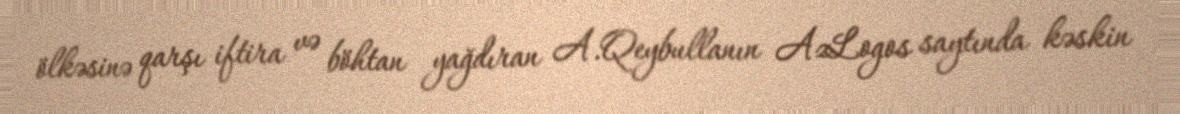
ölkəsinə qarşı iftira və böhtan yağdıran A.Qeybullanın AzLogos saytında kəskin